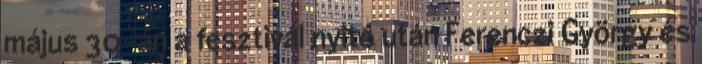
május 30-án a fesztivál nyitó után Ferenczi György és